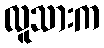
လူသားက